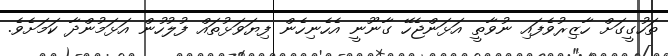
ތަހުގީގަށް ހާޒިރުވެފައި ނުވާތީ އަޅަންޖެހޭ ގާނޫނީ އެހެނިހެން ފިޔަވަޅުތައް ފުލުހުން އަޅަމުންދާ ކަަމަށެވެ.